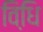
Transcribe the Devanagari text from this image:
विधि़